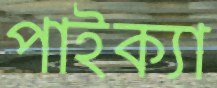
পাইক্যা